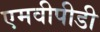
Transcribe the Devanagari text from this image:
एमवीपीडी